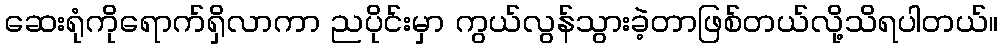
ဆေးရုံကိုရောက်ရှိလာကာ ညပိုင်းမှာ ကွယ်လွန်သွားခဲ့တာဖြစ်တယ်လို့သိရပါတယ်။